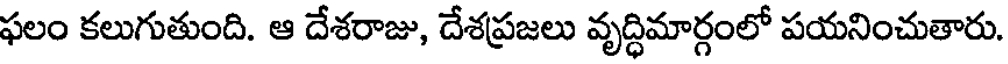
ఫలం కలుగుతుంది. ఆ దేశరాజు, దేశప్రజలు వృద్ధిమార్గంలో పయనించుతారు.